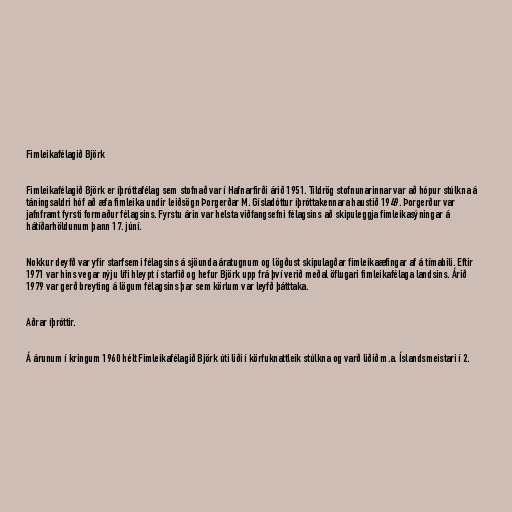
Fimleikafélagið Björk

Fimleikafélagið Björk er íþróttafélag sem stofnað var í Hafnarfirði árið 1951. Tildrög stofnunarinnar var að hópur stúlkna á
táningsaldri hóf að æfa fimleika undir leiðsögn Þorgerðar M. Gísladóttur íþróttakennara haustið 1949. Þorgerður var
jafnframt fyrsti formaður félagsins. Fyrstu árin var helsta viðfangsefni félagsins að skipuleggja fimleikasýningar á
hátíðarhöldunum þann 17. júní.

Nokkur deyfð var yfir starfsemi félagsins á sjöunda áratugnum og lögðust skipulagðar fimleikaæfingar af á tímabili. Eftir
1971 var hins vegar nýju lífi hleypt í starfið og hefur Björk upp frá því verið meðal öflugari fimleikafélaga landsins. Árið
1979 var gerð breyting á lögum félagsins þar sem körlum var leyfð þátttaka.

Aðrar íþróttir.

Á árunum í kringum 1960 hélt Fimleikafélagið Björk úti liði í körfuknattleik stúlkna og varð liðið m.a. Íslandsmeistari í 2.